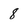
Character: 8